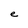
Character: e